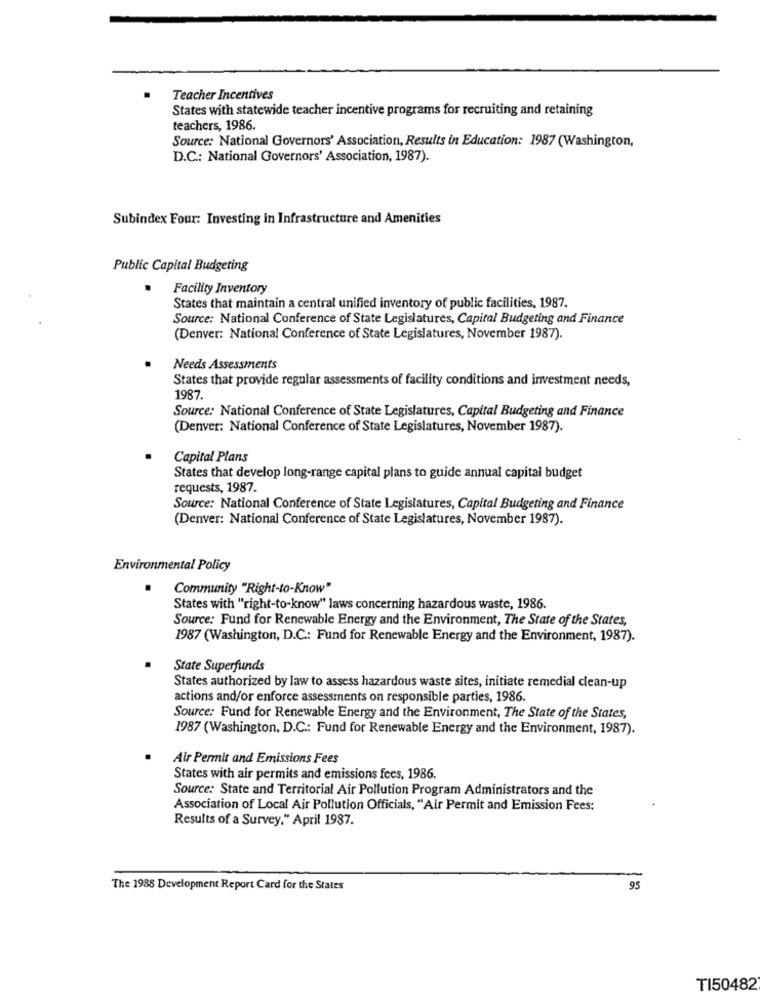
Teacher Incentives
States with statewide teacher incentive programs for recruiting and retaining
teachers, 1986.
Source: National Governors' Association, Results in Education: 1987 (Washington,
D.C .: National Governors' Association, 1987).
Subindex Four: Investing in Infrastructure and Amenities
Public Capital Budgeting
Facility Inventory
States that maintain a central unified inventory of public facilities, 1987.
Source: National Conference of State Legislatures, Capital Budgeting and Finance
(Denver: National Conference of State Legislatures, November 1987).
Needs Assessments
States that provide regular assessments of facility conditions and investment needs,
1987.
Source: National Conference of State Legislatures, Capital Budgeting and Finance
(Denver: National Conference of State Legislatures, November 1987).
Capital Plans
States that develop long-range capital plans to guide annual capital budget
requests, 1987.
Source: National Conference of State Legislatures, Capital Budgeting and Finance
(Denver: National Conference of State Legislatures, November 1987).
Environmental Policy
.
Community "Right-to-Know"
States with "right-to-know" laws concerning hazardous waste, 1986.
Source: Fund for Renewable Energy and the Environment, The State of the States,
1987 (Washington, D.C .: Fund for Renewable Energy and the Environment, 1987).
State Superfunds
States authorized by law to assess hazardous waste sites, initiate remedial clean-up
actions and/or enforce assessments on responsible parties, 1986.
Source: Fund for Renewable Energy and the Environment, The State of the States,
1987 (Washington, D.C .: Fund for Renewable Energy and the Environment, 1987).
Air Permit and Emissions Fees
States with air permits and emissions fees, 1986.
Source: State and Territorial Air Pollution Program Administrators and the
Association of Local Air Pollution Officials, "Air Permit and Emission Fees:
Results of a Survey." April 1987.
The 1988 Development Report Card for the States
95
TI50482